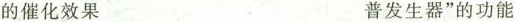
的催化效果 普发生器”的功能